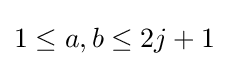
1\leq a,b\leq 2j+1